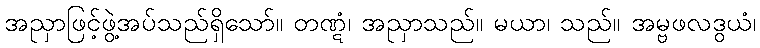
အညှာဖြင့်ဖွဲ့အပ်သည်ရှိသော်။ တဏ္ဋံ၊ အညှာသည်။ မယာ၊ သည်။ အမ္ဗဖလဒွယံ၊